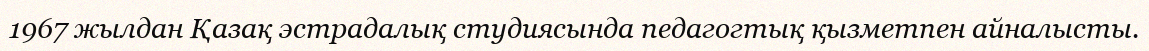
1967 жылдан Қазақ эстрадалық студиясында педагогтық қызметпен айналысты.